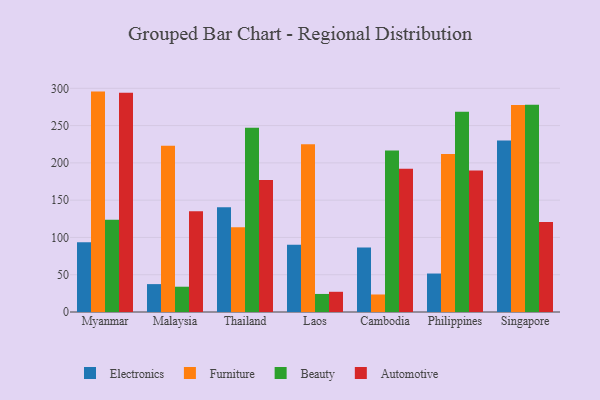
{"axis": {"x": "Country", "y": "Population (Million)"}, "legend": ["Automotive", "Beauty", "Electronics", "Furniture"], "data": [{"x": "Myanmar", "y": 93.5, "type": "Electronics"}, {"x": "Myanmar", "y": 295.6, "type": "Furniture"}, {"x": "Myanmar", "y": 123.8, "type": "Beauty"}, {"x": "Myanmar", "y": 294.1, "type": "Automotive"}, {"x": "Malaysia", "y": 37.4, "type": "Electronics"}, {"x": "Malaysia", "y": 222.9, "type": "Furniture"}, {"x": "Malaysia", "y": 33.9, "type": "Beauty"}, {"x": "Malaysia", "y": 135.2, "type": "Automotive"}, {"x": "Thailand", "y": 140.6, "type": "Electronics"}, {"x": "Thailand", "y": 113.7, "type": "Furniture"}, {"x": "Thailand", "y": 247.0, "type": "Beauty"}, {"x": "Thailand", "y": 177.2, "type": "Automotive"}, {"x": "Laos", "y": 90.1, "type": "Electronics"}, {"x": "Laos", "y": 225.0, "type": "Furniture"}, {"x": "Laos", "y": 24.2, "type": "Beauty"}, {"x": "Laos", "y": 27.1, "type": "Automotive"}, {"x": "Cambodia", "y": 86.6, "type": "Electronics"}, {"x": "Cambodia", "y": 23.5, "type": "Furniture"}, {"x": "Cambodia", "y": 216.6, "type": "Beauty"}, {"x": "Cambodia", "y": 192.2, "type": "Automotive"}, {"x": "Philippines", "y": 51.6, "type": "Electronics"}, {"x": "Philippines", "y": 211.8, "type": "Furniture"}, {"x": "Philippines", "y": 268.6, "type": "Beauty"}, {"x": "Philippines", "y": 189.8, "type": "Automotive"}, {"x": "Singapore", "y": 230.1, "type": "Electronics"}, {"x": "Singapore", "y": 277.5, "type": "Furniture"}, {"x": "Singapore", "y": 278.1, "type": "Beauty"}, {"x": "Singapore", "y": 120.7, "type": "Automotive"}]}